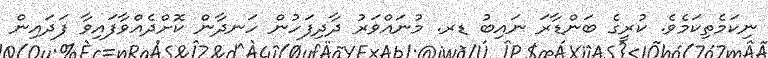
ނިކަމެތިކަމެވެ. ކުރީގެ ބަންޑާރަ ނައިބު ޑރ. މުނައްވަރު ދާދިފަހުން ހަނދާން ކޮށްދެއްވާފައިވާ ފަދައިން